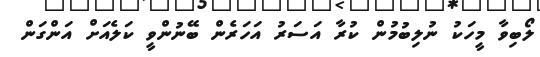
ލޯބިވާ މީހަކު ނުލިބުމުން ކުރާ އަސަރު އަހަރެން ބޭނުންވީ ކަލެއަށް އަންގަން